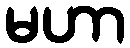
မဟာ